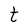
Character: t